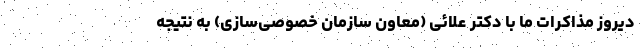
دیروز مذاکرات ما با دکتر علائی (معاون سازمان خصوصی‌سازی) به نتیجه